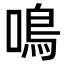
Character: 鳴